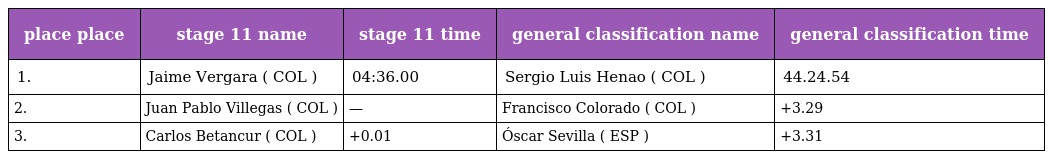
| place place | stage 11 name | stage 11 time | general classification name | general classification time |
 | --- | --- | --- | --- | --- |
 | 1. | Jaime Vergara ( COL ) | 04:36.00 | Sergio Luis Henao ( COL ) | 44.24.54 |
 | 2. | Juan Pablo Villegas ( COL ) | — | Francisco Colorado ( COL ) | +3.29 |
 | 3. | Carlos Betancur ( COL ) | +0.01 | Óscar Sevilla ( ESP ) | +3.31 |